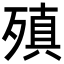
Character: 𪵆